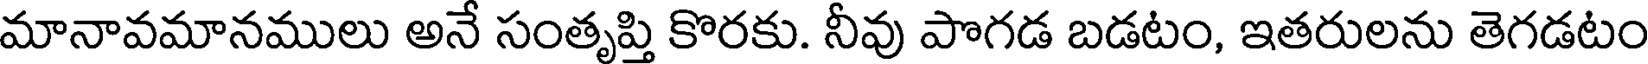
మానావమానములు అనే సంతృప్తి కొరకు. నీవు పొగడ బడటం, ఇతరులను తెగడటం